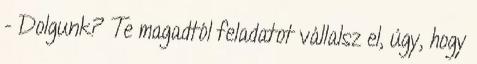
- Dolgunk? Te magadtól feladatot vállalsz el, úgy, hogy